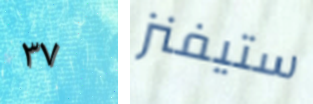
٣٧ ستيفنز